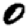
Digit: 0